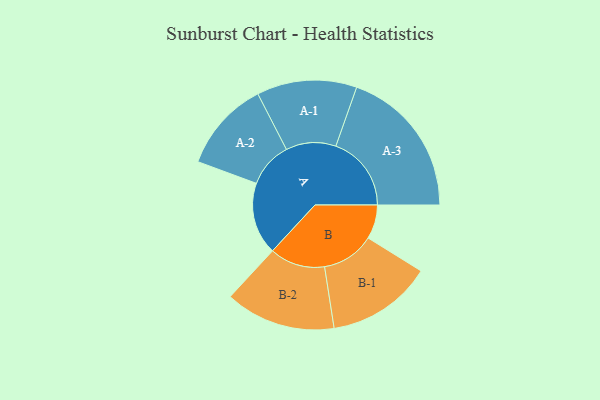
{"axis": {"x": "Segment", "y": "Value"}, "legend": ["", "A", "B"], "data": [{"x": "A", "y": 286, "type": ""}, {"x": "B", "y": 135, "type": ""}, {"x": "A-1", "y": 198, "type": "A"}, {"x": "A-2", "y": 180, "type": "A"}, {"x": "A-3", "y": 299, "type": "A"}, {"x": "B-1", "y": 209, "type": "B"}, {"x": "B-2", "y": 219, "type": "B"}]}